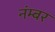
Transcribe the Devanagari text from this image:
नंम्बर